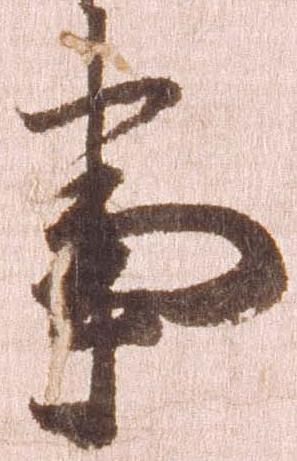
事